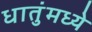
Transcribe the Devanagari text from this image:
धातुंमध्ये